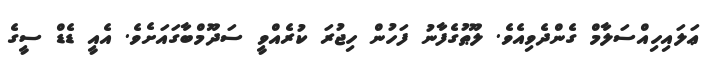
ޢަލައިހިއްސަލާމް ގެންދެވިއެވެ. ލޫޠުގެފާނު ފަހުން ހިޖުރަ ކުރެއްވީ ސަދޫމްބާގައަށެވެ. އެއީ ޑެޑް ސީގެ